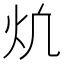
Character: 𪸎